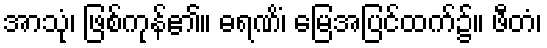
အာသုံ၊ ဖြစ်ကုန်၏။ ဓရဏိံ၊ မြေအပြင်ထက်၌။ ဖီတံ၊